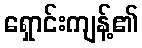
ရှောင်းကျန့်၏